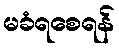
မခံရစေရန်